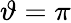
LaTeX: \vartheta=\pi